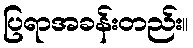
ပြရာအခန်းတည်း။